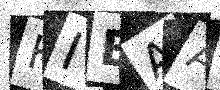
Text: HIEAAD